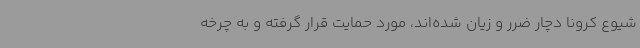
شیوع کرونا دچار ضرر و زیان شده‌اند، مورد حمایت قرار گرفته و به چرخه